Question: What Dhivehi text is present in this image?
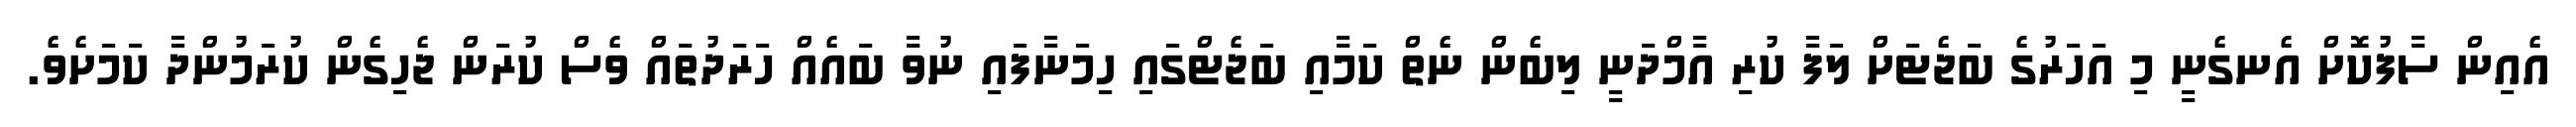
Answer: އެއިން ސާފުކޮށް އެނގެނީ މި އަހަރުގެ ބަޖެޓަށް ލަފާ ކުރި އާމްދަނީ ލިބެން ނެތް ކަމާއި ބަޖެޓްގައި ހިމަނާފައި ނުވާ ބައެއް ހަރަދުތައް ވެސް ކުރަން ޖެހިގެން ކުރަމުންދާ ކަމަށެވެ.